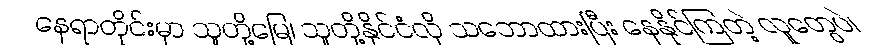
နေရာတိုင်းမှာ သူတို့မြေ၊ သူတို့နိုင်ငံလို သဘောထားပြီး နေနိုင်ကြတဲ့ လူတွေပဲ၊